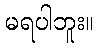
မရပါဘူး။